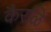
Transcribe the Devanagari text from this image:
कैरळि